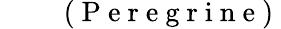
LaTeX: \begin{array}{rl}\end{array}\qquad\mathrm{~(~P~e~r~e~g~r~i~n~e~)~}